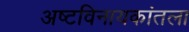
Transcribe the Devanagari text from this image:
अष्टविनायकांतला